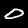
Label: 0